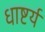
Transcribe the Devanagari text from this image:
धाष्टर्य